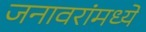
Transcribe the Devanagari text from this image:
जनावरांमध्ये